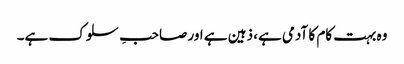
وہ بہت کام کا آدمی ہے، ذہین ہے اور صاحبِ سلوک ہے۔